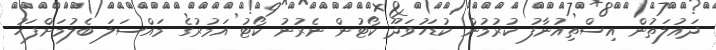
ދައުލަތުން އިސްތިއުނާފު ކުރުމުން ކުޑަހުވަދޫ ކޯޓުން ނެރުނު ކޯޓު އަމުރުގެ މައްސަލަ ބެލުމަށްފަހު